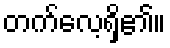
တက်လေ့ရှိ၏။